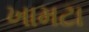
ખામટા